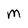
Character: M